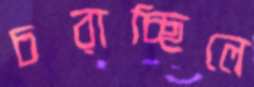
চরাচ্ছিলে